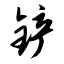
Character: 铲